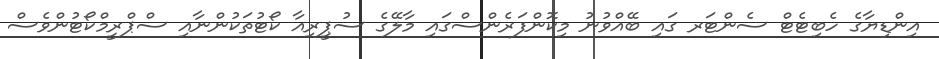
އިންޑިޔާގެ ހެބިޓެޓް ސެންޓަރ ގައި ބޭއްވުނު މިކޮންފަރެންސްގައި މާލޭގެ ސުޕީރިއާ ކޯޓުތަކުންނާއި ސްޕްރީމްކޯޓުންވެސް